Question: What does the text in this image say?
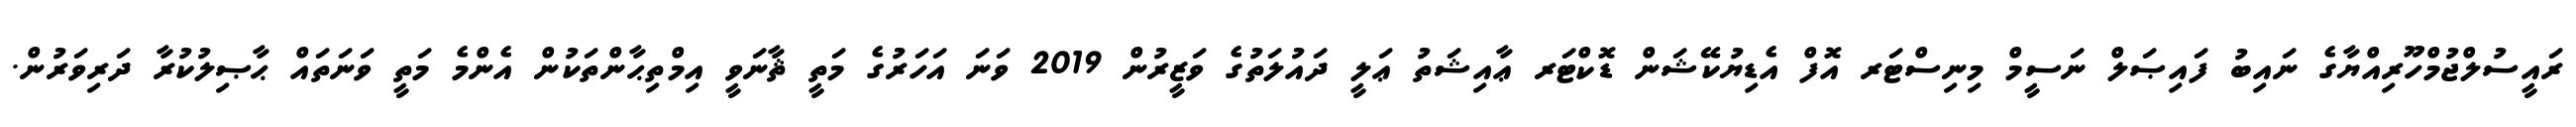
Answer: ރައީސުލްޖުމްހޫރިއްޔާގެ ނައިބު ފައިޞަލް ނަސީމް މިނިސްޓަރ އޮފް އެޑިޔުކޭޝަން ޑޮކްޓަރ ޢާއިޝަތު ޢަލީ ދައުލަތުގެ ވަޒީރުން 2019 ވަނަ އަހަރުގެ މަތީ ޘާނަވީ އިމްތިޙާންތަކުން އެންމެ މަތީ ވަނަތައް ޙާޞިލުކުރާ ދަރިވަރުން.